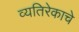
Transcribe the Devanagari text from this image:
व्यतिरेकाचे